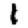
Digit: 1